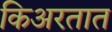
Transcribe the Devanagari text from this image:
किअरतात